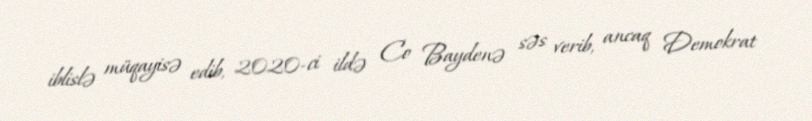
iblislə müqayisə edib, 2020-ci ildə Co Baydenə səs verib, ancaq Demokrat